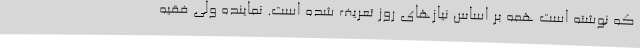
که نوشته است همه بر اساس نیازهای روز تعریف شده است. نماینده ولی فقیه